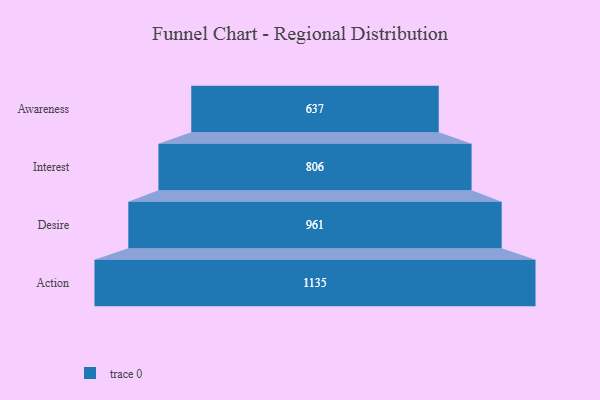
{"axis": {"x": "Stage", "y": "Value"}, "legend": [""], "data": [{"x": "Awareness", "y": 637.0, "type": ""}, {"x": "Interest", "y": 806.0, "type": ""}, {"x": "Desire", "y": 961.0, "type": ""}, {"x": "Action", "y": 1135.0, "type": ""}]}